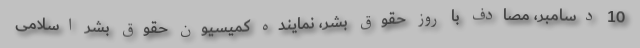
10 دسامبر، مصادف با روز حقوق بشر، نماینده کمیسیون حقوق بشر اسلامی